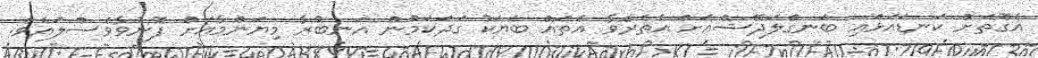
އެގޮތަށް ކަނޑައަޅައި ބަނގްލަދޭޝްއަށް އެތެރެވާ އެތައް ބަޔަކު ގަދަކަމުން އަނބުރާ މިޔަންމާއަށް ފޮނުވާވެސްލައެވެ.